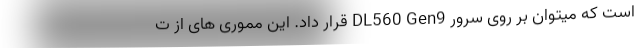
است که میتوان بر روی سرور DL560 Gen9 قرار داد. این مموری های از ت